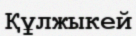
Құлжыкей